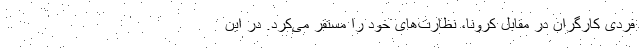
فردی کارگران در مقابل کرونا، نظارت‌های خود را مستقر می‌کرد. در این